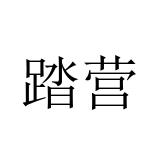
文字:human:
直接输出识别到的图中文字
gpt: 踏营